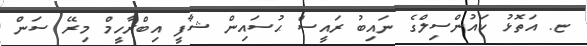
ޏ. އަތޮޅު ކައުންސިލްގެ ނައިބު ރައީސް ޙުސައިން ޝާފީ އިބްރާހީމް މިރޭ ސަން